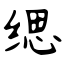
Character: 缌